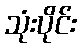
သုံးပိုင်း